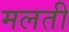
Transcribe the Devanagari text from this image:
मलती